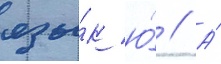
язы́к ю́ // А́